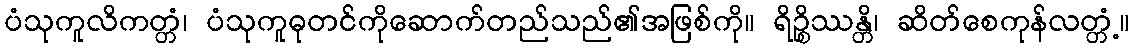
ပံသုကူလိကတ္တံ၊ ပံသုကူဓုတင်ကိုဆောက်တည်သည်၏အဖြစ်ကို။ ရိဉ္စိဿန္တိ၊ ဆိတ်စေကုန်လတ္တံ့။